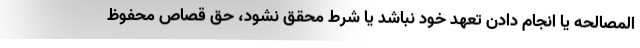
المصالحه یا انجام دادن تعهد خود نباشد یا شرط محقق نشود، حق قصاص محفوظ